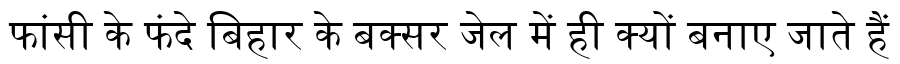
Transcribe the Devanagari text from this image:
फांसी के फंदे बिहार के बक्सर जेल में ही क्यों बनाए जाते हैं